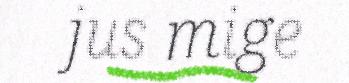
jus mige